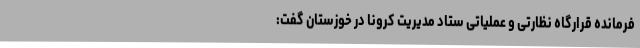
فرمانده قرارگاه نظارتی و عملیاتی ستاد مدیریت کرونا در خوزستان گفت: